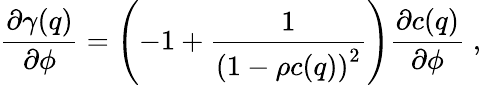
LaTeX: \frac{\partial\gamma(q)}{\partial\phi}=\left(-1+\frac{1}{\left(1-\rho c(q)\right)^{2}}\right)\frac{\partial c(q)}{\partial\phi}\; ,